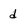
Character: d